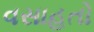
વસાહતો